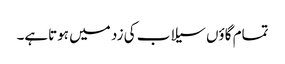
تمام گاؤں سیلاب کی زد میں ہوتاہے۔